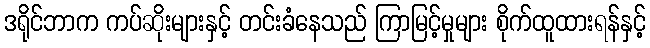
ဒရိုင်ဘာက ကပ်ဆိုးများနှင့် တင်းခံနေသည် ကြာမြင့်မှုများ စိုက်ထူထားရန်နှင့်